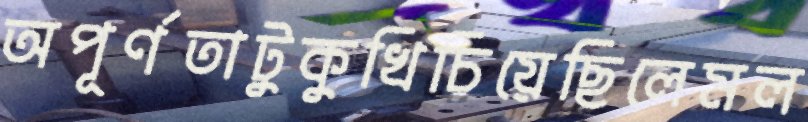
অপূর্ণতাটুকুখিচিয়েছিলেমল